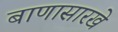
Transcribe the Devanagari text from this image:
बाणासारखे